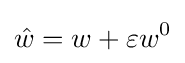
{\hat {w}}=w+\varepsilon w^{0}